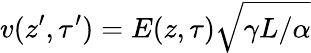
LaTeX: v(z^{\prime},\tau^{\prime})=E(z,\tau)\sqrt{\gamma L/\alpha}